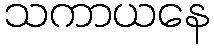
သကာယနေ